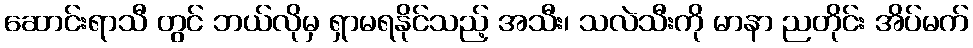
ဆောင်းရာသီ တွင် ဘယ်လိုမှ ရှာမရနိုင်သည့် အသီး၊ သလဲသီးကို မာနာ ညတိုင်း အိပ်မက်